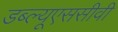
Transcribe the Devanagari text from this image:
डब्ल्यूएससीवी